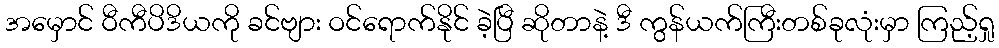
အမှောင် ဝီကီပိဒိယကို ခင်ဗျား ဝင်ရောက်နိုင် ခဲ့ပြီ ဆိုတာနဲ့ ဒီ ကွန်ယက်ကြီးတစ်ခုလုံးမှာ ကြည့်ရှု